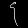
Digit: ၄